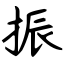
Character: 振